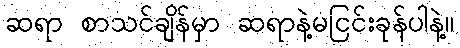
ဆရာ စာသင်ချိန်မှာ ဆရာနဲ့မငြင်းခုန်ပါနဲ့။